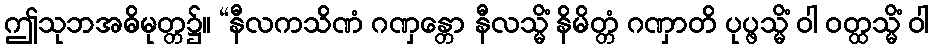
ဤသုဘအဓိမုတ္တ၌။ “နီလကသိဏံ ဂဏှန္တော နီလသ္မိံ နိမိတ္တံ ဂဏှာတိ ပုပ္ဖသ္မိံ ဝါ ဝတ္ထသ္မိံ ဝါ